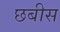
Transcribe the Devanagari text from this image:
छबीस